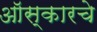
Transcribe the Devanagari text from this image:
ऑस्कारचे